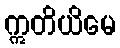
ဣတိယိမေ